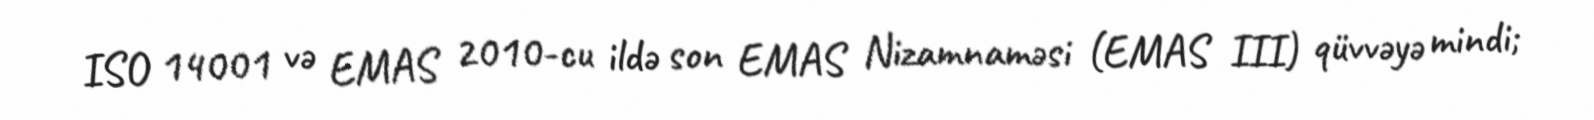
ISO 14001 və EMAS 2010-cu ildə son EMAS Nizamnaməsi (EMAS III) qüvvəyə mindi;